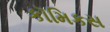
કૉમિકસ